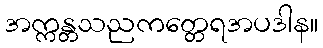
အက္ကန္တသညကတ္တေရအပဒါန။